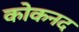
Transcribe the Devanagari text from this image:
कोकनद